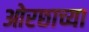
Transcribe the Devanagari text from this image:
ओरछाच्या